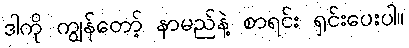
ဒါကို ကျွန်တော့် နာမည်နဲ့ စာရင်း ရှင်းပေးပါ။